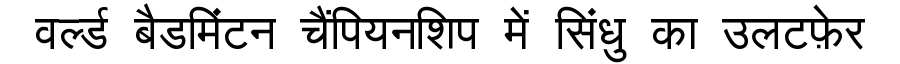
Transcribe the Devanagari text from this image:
वर्ल्ड बैडमिंटन चैंपियनशिप में सिंधु का उलटफ़ेर